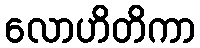
လောဟိတိကာ